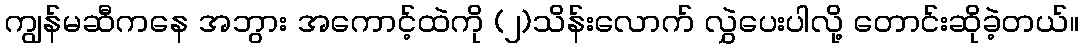
ကျွန်မဆီကနေ အဘွား အကောင့်ထဲကို (၂)သိန်းလောက် လွှဲပေးပါလို့ တောင်းဆိုခဲ့တယ်။